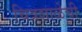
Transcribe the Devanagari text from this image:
चित्रशाळेची